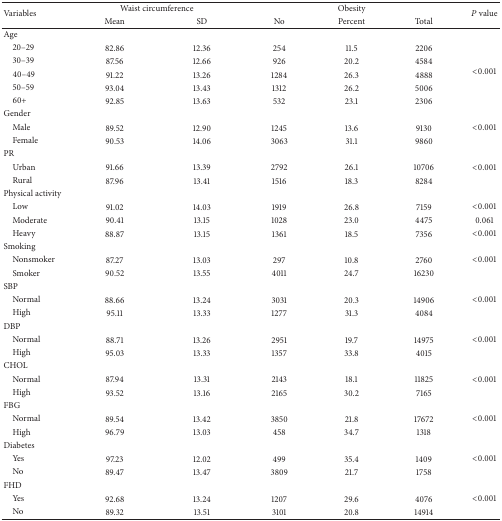
<table><thead><tr><td rowspan="2"><b>Variables</b></td><td colspan="2"><b>Waist circumference</b></td><td colspan="3"><b>Obesity</b></td><td rowspan="2"><b><i>P</i> value</b></td></tr><tr><td><b>Mean</b></td><td><b>SD</b></td><td><b>No</b></td><td><b>Percent</b></td><td><b>Total</b></td></tr></thead><tbody><tr><td>Age</td><td> </td><td> </td><td> </td><td> </td><td> </td><td> </td></tr><tr><td> 20–29</td><td>82.86</td><td>12.36</td><td>254</td><td>11.5</td><td>2206</td><td rowspan="5">&lt;0.001</td></tr><tr><td> 30–39</td><td>87.56</td><td>12.66</td><td>926</td><td>20.2</td><td>4584</td></tr><tr><td> 40–49</td><td>91.22</td><td>13.26</td><td>1284</td><td>26.3</td><td>4888</td></tr><tr><td> 50–59</td><td>93.04</td><td>13.43</td><td>1312</td><td>26.2</td><td>5006</td></tr><tr><td> 60+</td><td>92.85</td><td>13.63</td><td>532</td><td>23.1</td><td>2306</td></tr><tr><td>Gender</td><td> </td><td> </td><td> </td><td> </td><td> </td><td> </td></tr><tr><td> Male</td><td>89.52</td><td>12.90</td><td>1245</td><td>13.6</td><td>9130</td><td>&lt;0.001</td></tr><tr><td> Female</td><td>90.53</td><td>14.06</td><td>3063</td><td>31.1</td><td>9860</td><td> </td></tr><tr><td>PR</td><td> </td><td> </td><td> </td><td> </td><td> </td><td> </td></tr><tr><td> Urban</td><td>91.66</td><td>13.39</td><td>2792</td><td>26.1</td><td>10706</td><td>&lt;0.001</td></tr><tr><td> Rural</td><td>87.96</td><td>13.41</td><td>1516</td><td>18.3</td><td>8284</td><td> </td></tr><tr><td>Physical activity</td><td> </td><td> </td><td> </td><td> </td><td> </td><td> </td></tr><tr><td> Low</td><td>91.02</td><td>14.03</td><td>1919</td><td>26.8</td><td>7159</td><td>&lt;0.001</td></tr><tr><td> Moderate</td><td>90.41</td><td>13.15</td><td>1028</td><td>23.0</td><td>4475</td><td>0.061</td></tr><tr><td> Heavy</td><td>88.87</td><td>13.15</td><td>1361</td><td>18.5</td><td>7356</td><td>&lt;0.001</td></tr><tr><td>Smoking</td><td> </td><td> </td><td> </td><td> </td><td> </td><td> </td></tr><tr><td> Nonsmoker</td><td>87.27</td><td>13.03</td><td>297</td><td>10.8</td><td>2760</td><td>&lt;0.001</td></tr><tr><td> Smoker</td><td>90.52</td><td>13.55</td><td>4011</td><td>24.7</td><td>16230</td><td> </td></tr><tr><td>SBP</td><td> </td><td> </td><td> </td><td> </td><td> </td><td> </td></tr><tr><td> Normal</td><td>88.66</td><td>13.24</td><td>3031</td><td>20.3</td><td>14906</td><td>&lt;0.001</td></tr><tr><td> High</td><td>95.11</td><td>13.33</td><td>1277</td><td>31.3</td><td>4084</td><td> </td></tr><tr><td>DBP</td><td> </td><td> </td><td> </td><td> </td><td> </td><td> </td></tr><tr><td> Normal</td><td>88.71</td><td>13.26</td><td>2951</td><td>19.7</td><td>14975</td><td>&lt;0.001</td></tr><tr><td> High</td><td>95.03</td><td>13.33</td><td>1357</td><td>33.8</td><td>4015</td><td> </td></tr><tr><td>CHOL</td><td> </td><td> </td><td> </td><td> </td><td> </td><td> </td></tr><tr><td> Normal</td><td>87.94</td><td>13.31</td><td>2143</td><td>18.1</td><td>11825</td><td>&lt;0.001</td></tr><tr><td> High</td><td>93.52</td><td>13.16</td><td>2165</td><td>30.2</td><td>7165</td><td> </td></tr><tr><td>FBG</td><td> </td><td> </td><td> </td><td> </td><td> </td><td> </td></tr><tr><td> Normal</td><td>89.54</td><td>13.42</td><td>3850</td><td>21.8</td><td>17672</td><td>&lt;0.001</td></tr><tr><td> High</td><td>96.79</td><td>13.03</td><td>458</td><td>34.7</td><td>1318</td><td> </td></tr><tr><td>Diabetes</td><td> </td><td> </td><td> </td><td> </td><td> </td><td> </td></tr><tr><td> Yes</td><td>97.23</td><td>12.02</td><td>499</td><td>35.4</td><td>1409</td><td>&lt;0.001</td></tr><tr><td> No</td><td>89.47</td><td>13.47</td><td>3809</td><td>21.7</td><td>1758</td><td> </td></tr><tr><td>FHD</td><td> </td><td> </td><td> </td><td> </td><td> </td><td> </td></tr><tr><td> Yes</td><td>92.68</td><td>13.24</td><td>1207</td><td>29.6</td><td>4076</td><td>&lt;0.001</td></tr><tr><td> No</td><td>89.32</td><td>13.51</td><td>3101</td><td>20.8</td><td>14914</td><td> </td></tr></tbody></table>